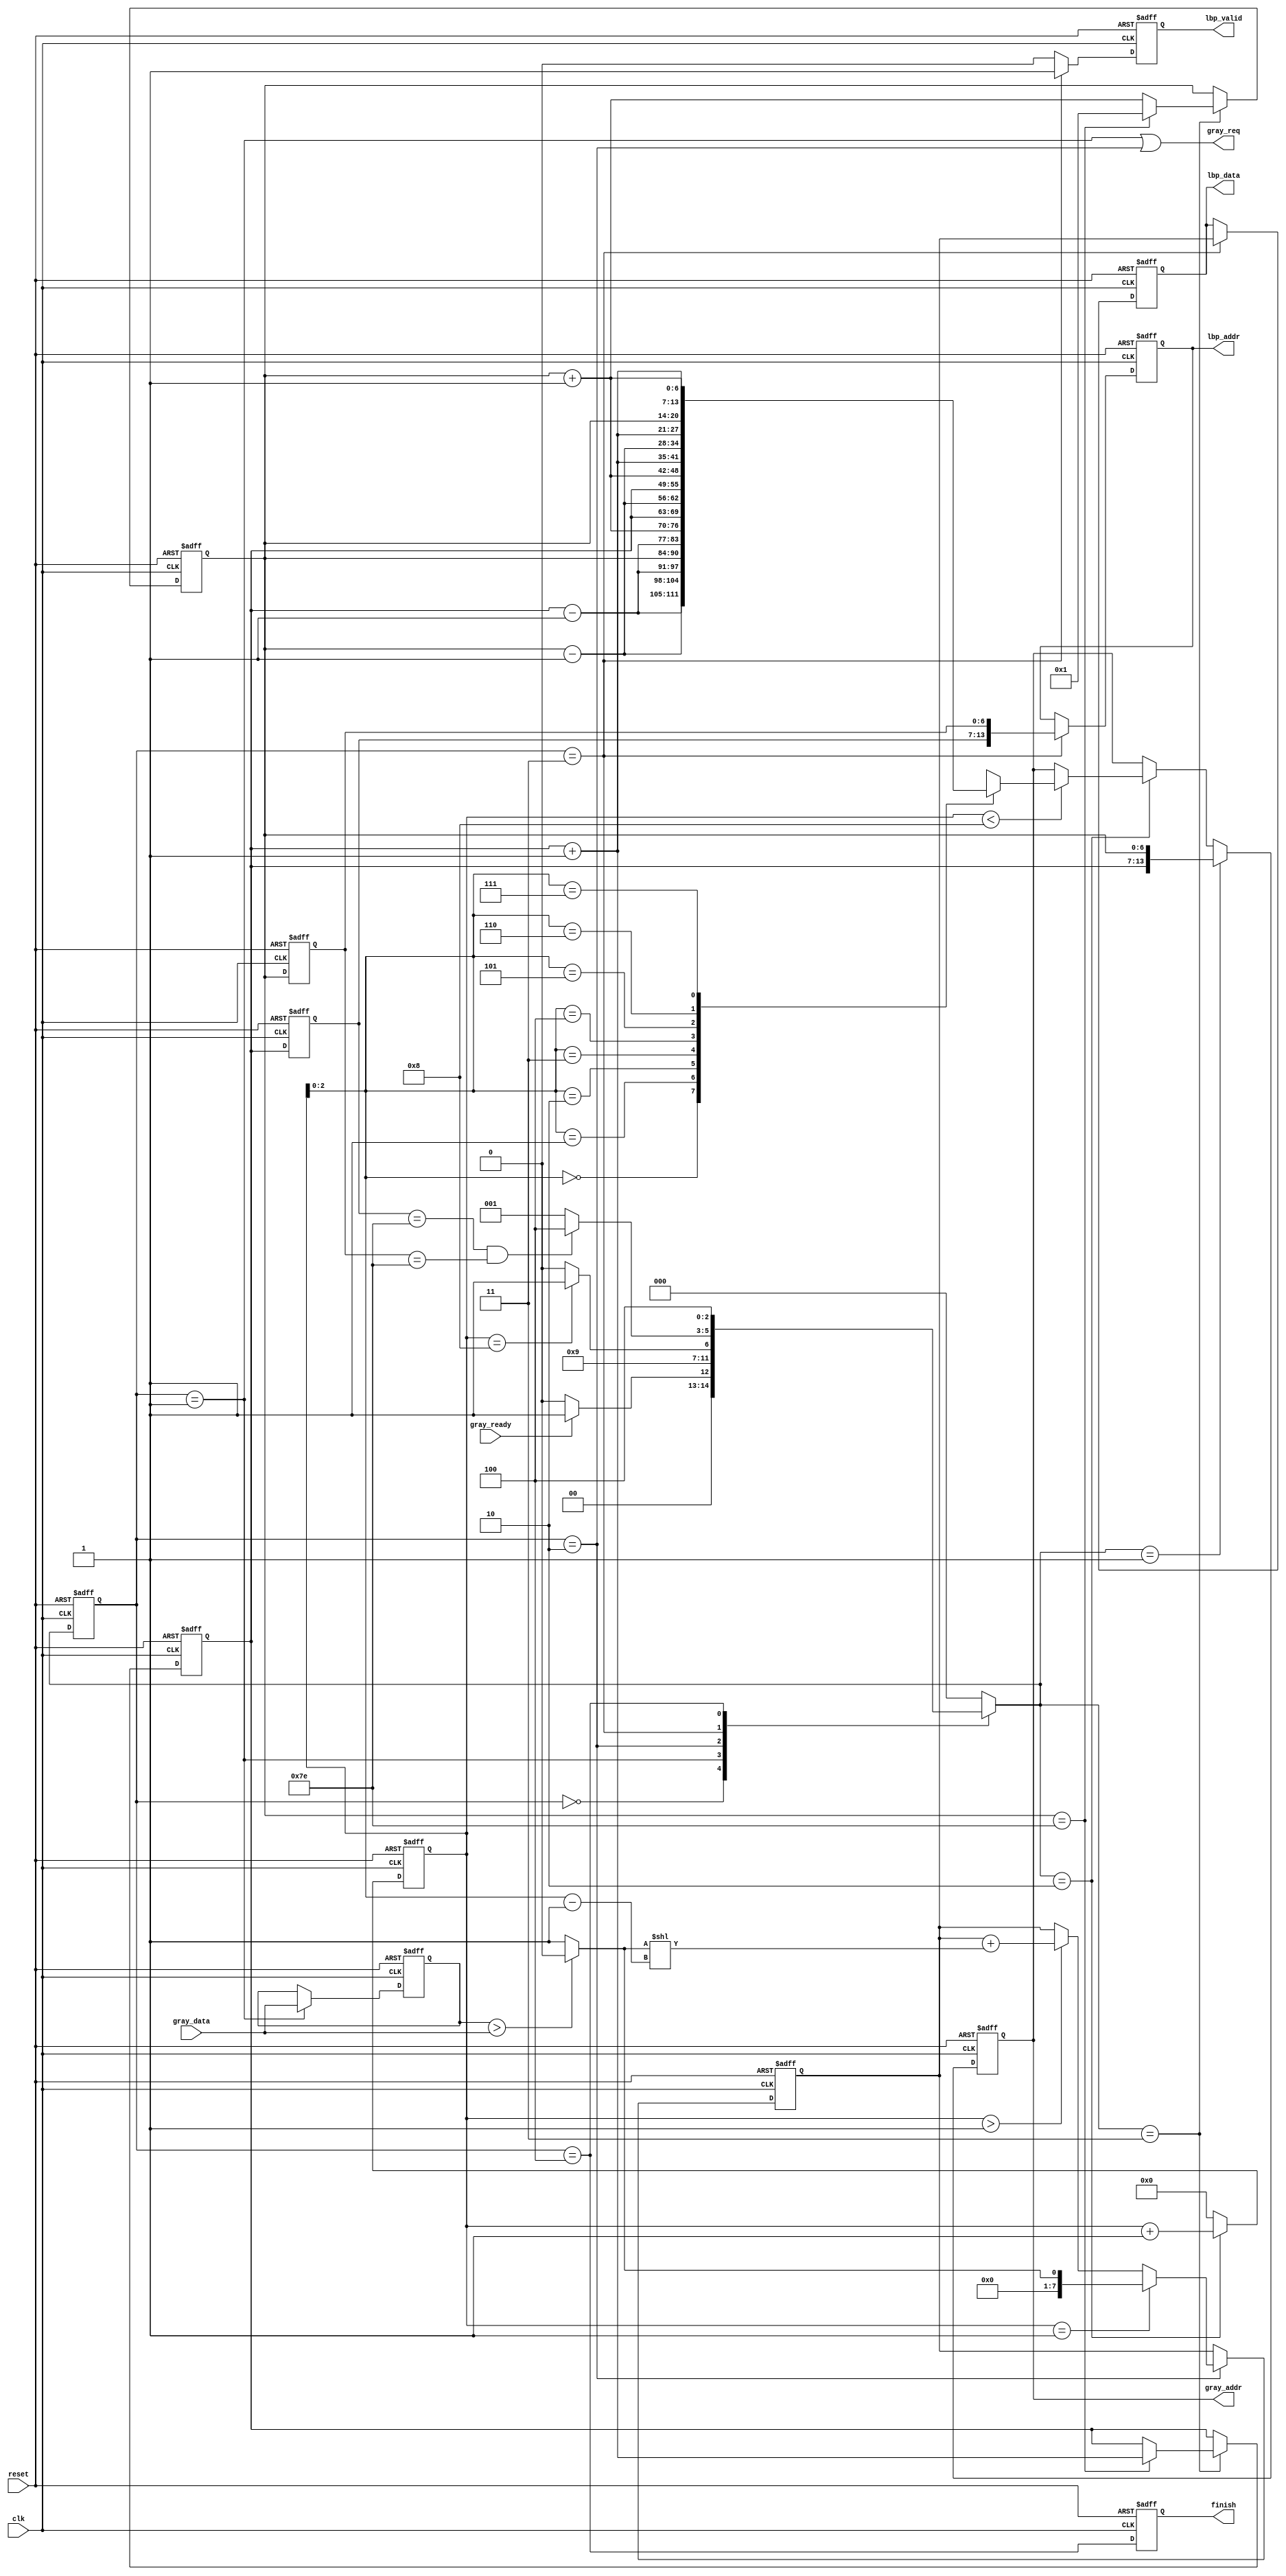

module LBP ( clk, reset, gray_addr, gray_req, gray_ready, gray_data, lbp_addr, lbp_valid, lbp_data, finish);
//================================================================
//  INPUT & OUTPUT DECLARATION
//================================================================
input   	clk;
input   	reset;
output  reg [13:0] 	gray_addr;
output         	gray_req;
input   	gray_ready;
input   [7:0] 	gray_data;
output  reg[13:0] 	lbp_addr;
output  reg 	lbp_valid;
output  reg[7:0] 	lbp_data;
output  reg	finish;
//================================================================
//  integer / genvar / parameters
//================================================================

parameter STATE_IDLE  = 3'd0;
parameter STATE_INPUT_MID = 3'd1;
parameter STATE_INPUT_OUTSIDE = 3'd2;
parameter STATE_OUTPUT = 3'd3;
parameter STATE_FINISH = 3'd4;

//================================================================
//   Wires & Registers 
//================================================================

reg [2:0] cur_state, nx_state;
reg [6:0] y,x, y_out, x_out;
reg [3:0] cnt_in;

reg [7:0] lbp_sum;

reg [7:0] gray_mid;
//================================================================
//  FSM
//================================================================
always @(posedge clk or posedge reset ) begin
    if(reset) cur_state <= STATE_IDLE;
    else cur_state <= nx_state;
end

always @(*) begin
    case(cur_state)
        STATE_IDLE: nx_state = ( gray_ready )? STATE_INPUT_MID: STATE_IDLE;
        STATE_INPUT_MID: nx_state = STATE_INPUT_OUTSIDE;
        STATE_INPUT_OUTSIDE: nx_state = ( cnt_in == 8 )? STATE_OUTPUT: STATE_INPUT_OUTSIDE;
        STATE_OUTPUT: nx_state = ( y_out == 126 && x_out == 126 )? STATE_FINISH: STATE_INPUT_MID;
        STATE_FINISH: nx_state =  STATE_FINISH;
        default: nx_state = STATE_IDLE;
    endcase
end

//================================================================
//  INPUT
//================================================================
always @(posedge clk or posedge reset ) begin
    if(reset) gray_mid <= 0;
    else if( cur_state == STATE_INPUT_MID ) gray_mid <= gray_data;
end

//================================================================
//  address & counter & CALC
//================================================================
wire [13:0] addr_tmp[7:0];

assign addr_tmp[7] = {y+7'd1, x+7'd1 };
assign addr_tmp[6] = {y+7'd1, x      };
assign addr_tmp[5] = {y+7'd1, x-7'd1 };
assign addr_tmp[4] = {y     , x+7'd1 };
assign addr_tmp[3] = {y     , x-7'd1 };
assign addr_tmp[2] = {y-7'd1, x+7'd1 };
assign addr_tmp[1] = {y-7'd1, x      };
assign addr_tmp[0] = {y-7'd1, x-7'd1 };

always @(posedge clk or posedge reset) begin
    if(reset) cnt_in <= 0;
    else if(nx_state == STATE_INPUT_OUTSIDE) cnt_in <= cnt_in + 1;
    else cnt_in <= 0;
end

wire [2:0] shift_flag;
wire [7:0] idata_buf, lpb_mul;

assign idata_buf = ( gray_mid > gray_data )? 0: 1;
assign shift_flag = cnt_in - 2'd1;

assign lpb_mul = ( idata_buf << shift_flag );

always @( posedge clk or posedge reset ) begin
    if(reset) lbp_sum <= 0;
    else if( cur_state == STATE_INPUT_OUTSIDE ) begin
        if( cnt_in == 1 ) lbp_sum <= idata_buf;
        else if( cnt_in > 1 ) lbp_sum <= lbp_sum + lpb_mul;
    end
end

//================================================================
//  OUTPUT
//================================================================
assign gray_req = ( cur_state == STATE_INPUT_MID || cur_state == STATE_INPUT_OUTSIDE );

always @(posedge clk or posedge reset) begin
    if(reset) gray_addr <= 0;
    else if( nx_state == STATE_INPUT_MID ) gray_addr <= {y,x};
    else if( nx_state == STATE_INPUT_OUTSIDE ) begin
        if( cnt_in < 8 ) gray_addr <= addr_tmp[cnt_in];
    end
end

always @(posedge clk or posedge reset) begin
    if(reset) finish <= 0;
    else finish <= (cur_state == STATE_FINISH);
end

always @(posedge clk or posedge reset) begin
     if(reset) lbp_valid <= 0;
     else if( cur_state == STATE_OUTPUT ) lbp_valid <= 1;
     else lbp_valid <= 0;
end

always @(posedge clk or posedge reset) begin
    if(reset) lbp_addr <= 0;
    else if( cur_state == STATE_OUTPUT ) lbp_addr <= {y_out,x_out};
end

always @(posedge clk or posedge reset) begin
    if(reset) lbp_data <= 0;
    else if( cur_state == STATE_OUTPUT ) lbp_data <= lbp_sum;
end

//================================================================
//  x && y
//================================================================
always @(posedge clk or posedge reset) begin
    if(reset) begin
        x <= 1; y <= 1;
    end
    else if( nx_state == STATE_OUTPUT ) begin
        if( x == 126 ) begin
            x <= 1; y <= y + 1;
        end
        else begin
            x <= x+1;
        end
    end
end

always @(posedge clk  or posedge reset) begin
    if(reset) begin
        x_out <= 1; y_out <= 1;
    end
    else begin
        x_out <= x; y_out <= y;
    end
end

endmodule